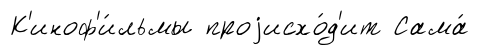
К'иноф'и́льмы проjисхо́д'ит Сама́